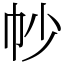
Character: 㠺